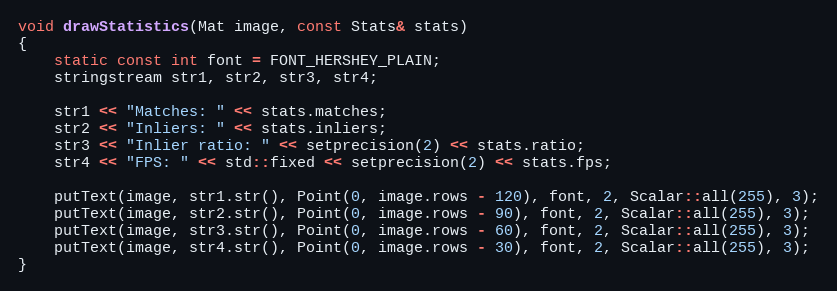
Language: C
void drawStatistics(Mat image, const Stats& stats)
{
    static const int font = FONT_HERSHEY_PLAIN;
    stringstream str1, str2, str3, str4;

    str1 << "Matches: " << stats.matches;
    str2 << "Inliers: " << stats.inliers;
    str3 << "Inlier ratio: " << setprecision(2) << stats.ratio;
    str4 << "FPS: " << std::fixed << setprecision(2) << stats.fps;

    putText(image, str1.str(), Point(0, image.rows - 120), font, 2, Scalar::all(255), 3);
    putText(image, str2.str(), Point(0, image.rows - 90), font, 2, Scalar::all(255), 3);
    putText(image, str3.str(), Point(0, image.rows - 60), font, 2, Scalar::all(255), 3);
    putText(image, str4.str(), Point(0, image.rows - 30), font, 2, Scalar::all(255), 3);
}